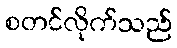
စတင်လိုက်သည်